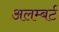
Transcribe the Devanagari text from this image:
अलम्बर्ट